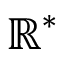
\mathbb { R } ^ { * }